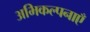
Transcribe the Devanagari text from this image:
अभिकल्पनाएँ